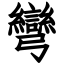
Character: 彎